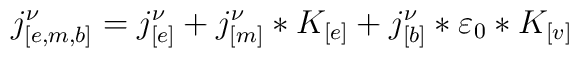
j_{[e,m,b]}^{\nu} = j_{[e]}^{\nu} + j_{[m]}^{\nu} * K_{[e]} + j_{[b]}^{\nu}*\varepsilon_{0}*K_{[v]}